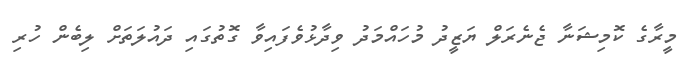
މީރާގެ ކޮމިޝަނާ ޖެނެރަލް ޔަޒީދު މުހައްމަދު ވިދާޅުވެފައިވާ ގޮތުގައި ދައުލަތަށް ލިބެން ހުރި